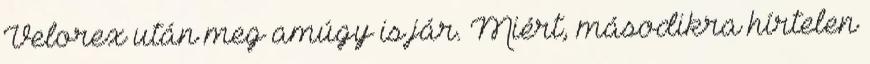
Velorex után meg amúgy is jár. Miért, másodikra hírtelen